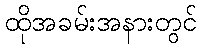
ထိုအခမ်းအနားတွင်